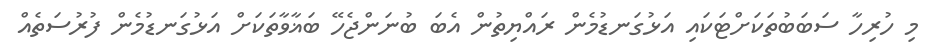
މި ހުރިހާ ސަބަބުތަކަށްޓަކައި އަޅުގަނޑުމެން ރައްޔިތުން އެބަ ބުނަންޖެހޭ ބަޣާވާތަކަށް އަޅުގަނޑުމެން ފުރުސަތެއް